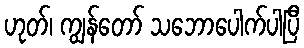
ဟုတ်၊ ကျွန်တော် သဘောပေါက်ပါပြီ